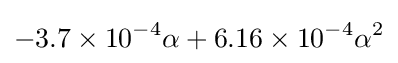
-3.7\times 10^{-4}\alpha +6.16\times 10^{-4}\alpha ^{2}